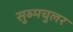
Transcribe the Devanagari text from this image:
सुब्मचुलर